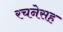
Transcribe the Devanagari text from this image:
रचनेसह